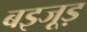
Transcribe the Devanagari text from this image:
बइजूड़